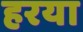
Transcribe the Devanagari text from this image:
हरया